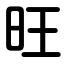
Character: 旺